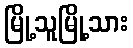
မြို့သူမြို့သား